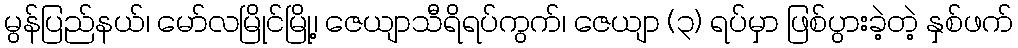
မွန်ပြည်နယ်၊ မော်လမြိုင်မြို့၊ ဇေယျာသီရိရပ်ကွက်၊ ဇေယျာ (၃) ရပ်မှာ ဖြစ်ပွားခဲ့တဲ့ နှစ်ဖက်